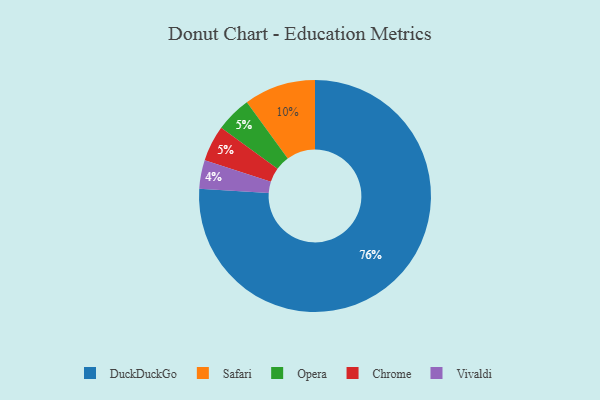
{"axis": {"x": "Category", "y": "Percentage"}, "legend": ["Chrome", "DuckDuckGo", "Opera", "Safari", "Vivaldi"], "data": [{"x": "Safari", "y": 10, "type": "Safari"}, {"x": "Vivaldi", "y": 4, "type": "Vivaldi"}, {"x": "Opera", "y": 5, "type": "Opera"}, {"x": "Chrome", "y": 5, "type": "Chrome"}, {"x": "DuckDuckGo", "y": 76, "type": "DuckDuckGo"}]}